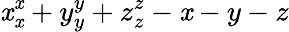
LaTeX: \mathit{x}_{\mathit{x}}^{\mathit{x}}+y_{y}^{y}+z_{z}^{z}-\mathit{x}-y-z